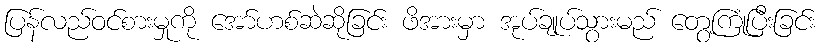
ပြန်လည်ဝင်စားမှုကို အော်ဟစ်ဆဲဆိုခြင်း ဖိအားမှာ အုပ်ချုပ်သွားမည် တွေ့ကြုံပြီးခြင်း